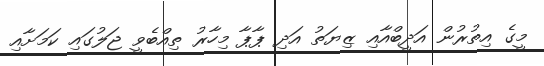
މީގެ އިތުރުން އަދީބްއާއި ޒިޔަތު އަދި ޕާޕާ މިހާރު ތިއްބެވީ ޖަލުގައި ކަމަށާއި